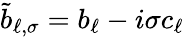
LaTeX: \tilde{b}_{\ell,\sigma}=b_{\ell}-i\sigma c_{\ell}